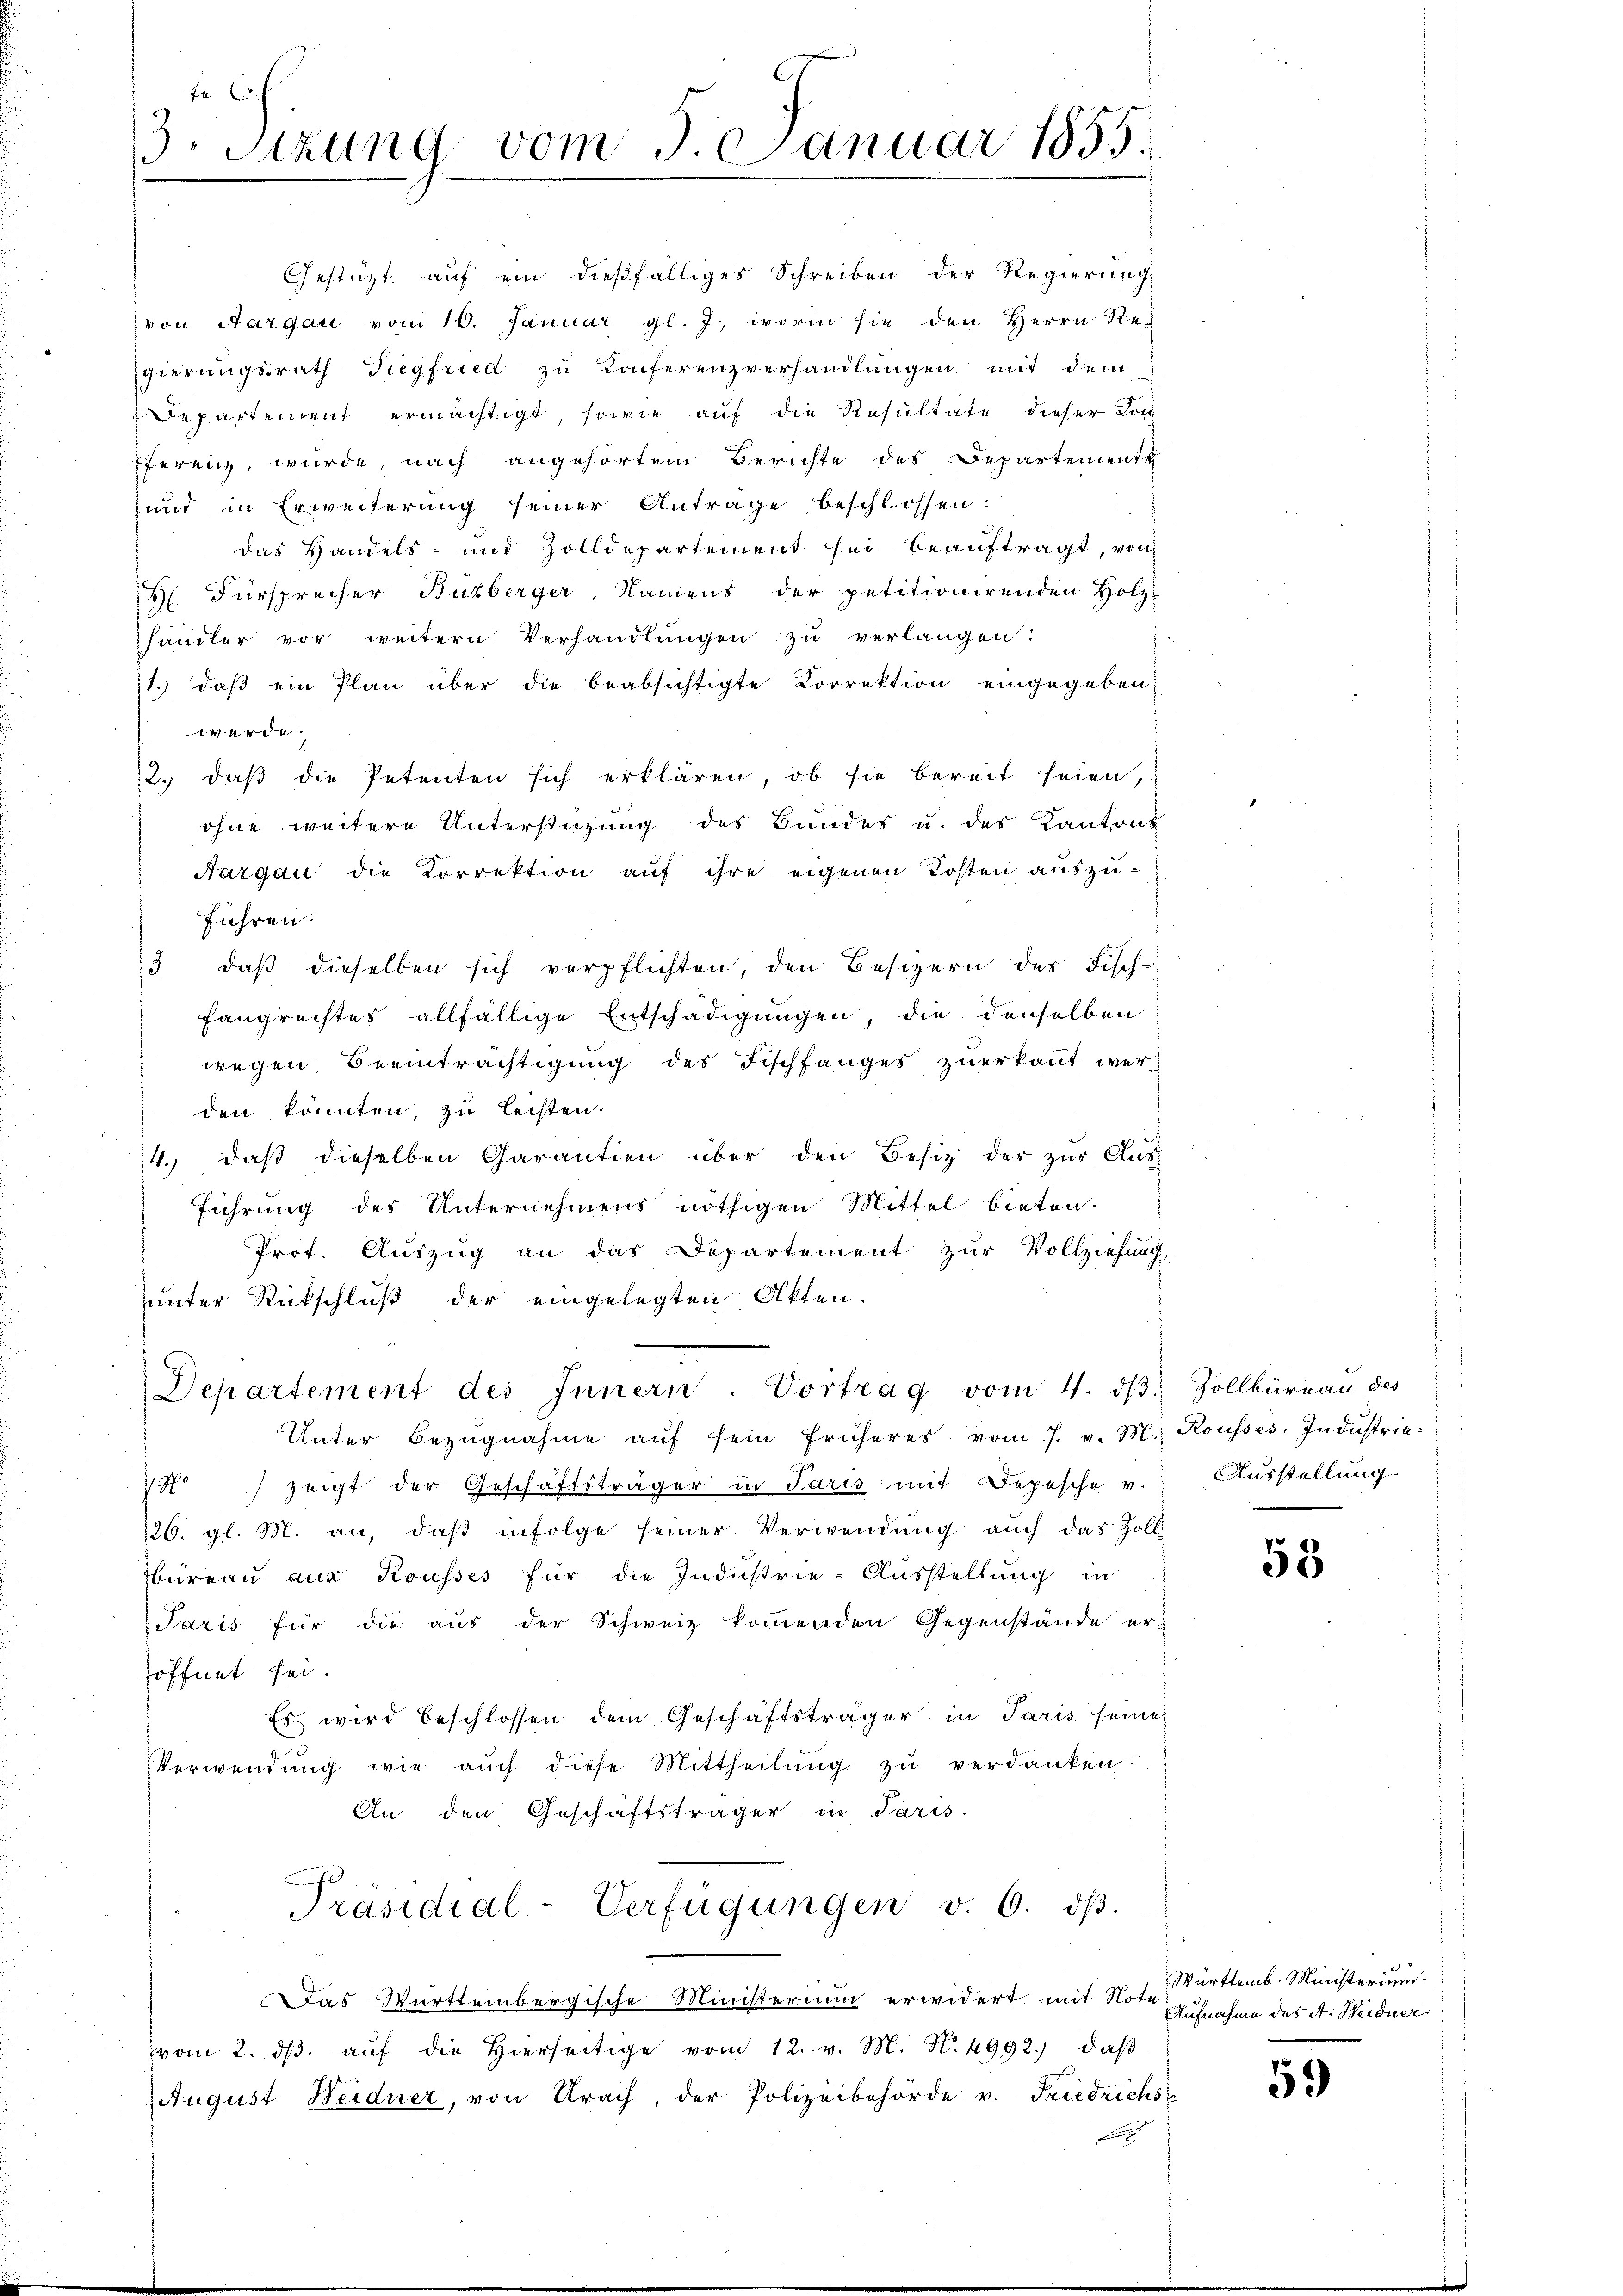
3. Sizung vom 3. Januar 1855.

gierungsrath Siegfried zu Konferenzverhandlungen mit dem
Departement ermächtigt, sowie auf die Resultate dieser Kon-
ferenz, wurde, nach angehörtem Berichte des Departements
und in Erweiterung seiner Antrage beschlossen:
das Handels- und Zolldepartement sei beauftragt, von
H. Fürsprecher Buzberger, Namens der petitionirenden Holz-
händler vor weitern Verhandlungen zu verlangen:
1.) daß ein Plan über die beabsichtigte Correktion eingegeben,
werde.
2. daβ die Petenten sich erklären, ob sie bereit seien,
ohne weitere Unterstüzung des Bundes u. des Kantons
Aargau die Korrektion auf ihre eigenen Kosten auszuführen.
2 daβ dieselben sich verpflichten, den Besizern des Fisch-
Fangrechtes allfällige Entschädigungen, die denselben
wegen Beeinträchtigung des Fischfanges zuerkannt werden könnten, zu leisten.
14. daβ dieselben Garantien über den Besitz der zŭr Aŭs-
führung des Unternehmens nöthigen Mittel bieten.
Prot. Auszug an das Departement zur Vollziehung
unter Rückschluß der eingelegten Akten.
Departement des Innern. Vortrag vom 4. dβ. Zollbüreau des
Unter Bezŭgnahme aŭf sein früheres vom 7. v. M. Kousses. Indŭstrie-
75 zeigt der Geschäftsträger in Paris mit Depesche v. Ausstellung.
126. gl. M. an, daβ infolge seiner Verwendung auch das Zolli
büreau aus Kousses für die Industrie-Ausstellung in
Paris für die aus der Schweiz kommenden Gegenstände er-
öffnet sei.
Es wird beschlossen dem Geschäftsträger in Paris seine
Verwendŭng wie aŭch diese Mittheilŭng zŭ verdanken:
An den Geschäftsträger in Paris.
Präsidial-Verfügŭngen v. 6. dβ.
Das Württembergische Ministerium erwidert mit Note
vom 2. dβ aŭf die hierseitige vom 12. v. M. N. 4992.), daβ
August Weidner, von Urach, der Polizeibehörde v. Friedrichs

Gestützt auf ein dießfälliges Schreiben der Regierung
von Aargau vom 10. Januar gl. J., worin sie den Herrn Re-

53

Württemb. Ministerium.
Aufnahme des A. Heidner

59